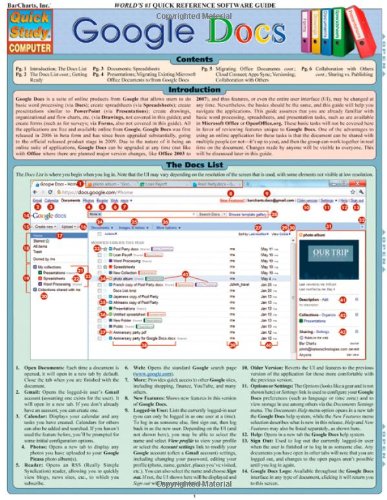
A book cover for Google Docs (Quick Study: Computer); Inc. BarCharts; Computers & Technology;